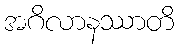
အဂိလာနဿာတိ